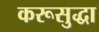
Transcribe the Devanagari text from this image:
करूसुद्धा